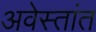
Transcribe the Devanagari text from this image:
अवेस्तांत